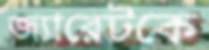
জ্যারেটকে